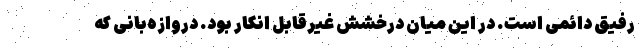
رفیق دائمی است. در این میان درخشش غیرقابل انکار بود. دروازه‌بانی که